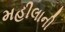
મહીલાની